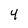
Character: 4